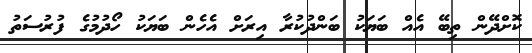
ކޮށްދޭން ތިބޭ އެއް ބަޔަކު ބަންދުކުރާ އިރަށް އެހެން ބަޔަކު ހޯދުމުގެ ފުރުސަތު